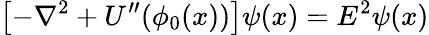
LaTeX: \left[-\nabla^{2}+U^{\prime\prime}(\phi_{0}(x))\right]\psi(x)=E^{2}\psi(x)